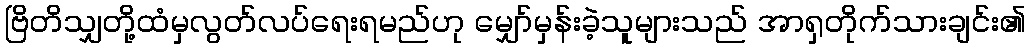
ဗြိတိသျှတို့ထံမှလွတ်လပ်ရေးရမည်ဟု မျှော်မှန်းခဲ့သူများသည် အာရှတိုက်သားချင်း၏